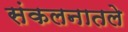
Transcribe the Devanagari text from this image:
संकलनातले